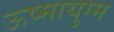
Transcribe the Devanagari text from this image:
ऊष्मायुग्म